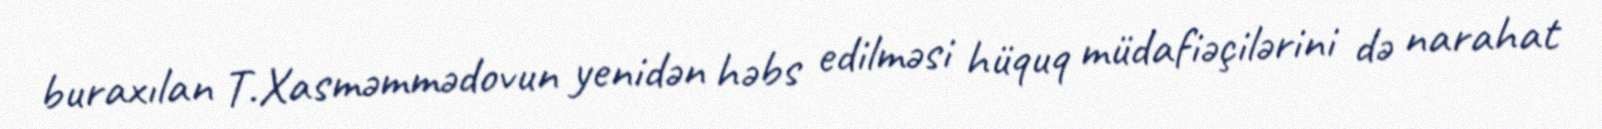
buraxılan T.Xasməmmədovun yenidən həbs edilməsi hüquq müdafiəçilərini də narahat